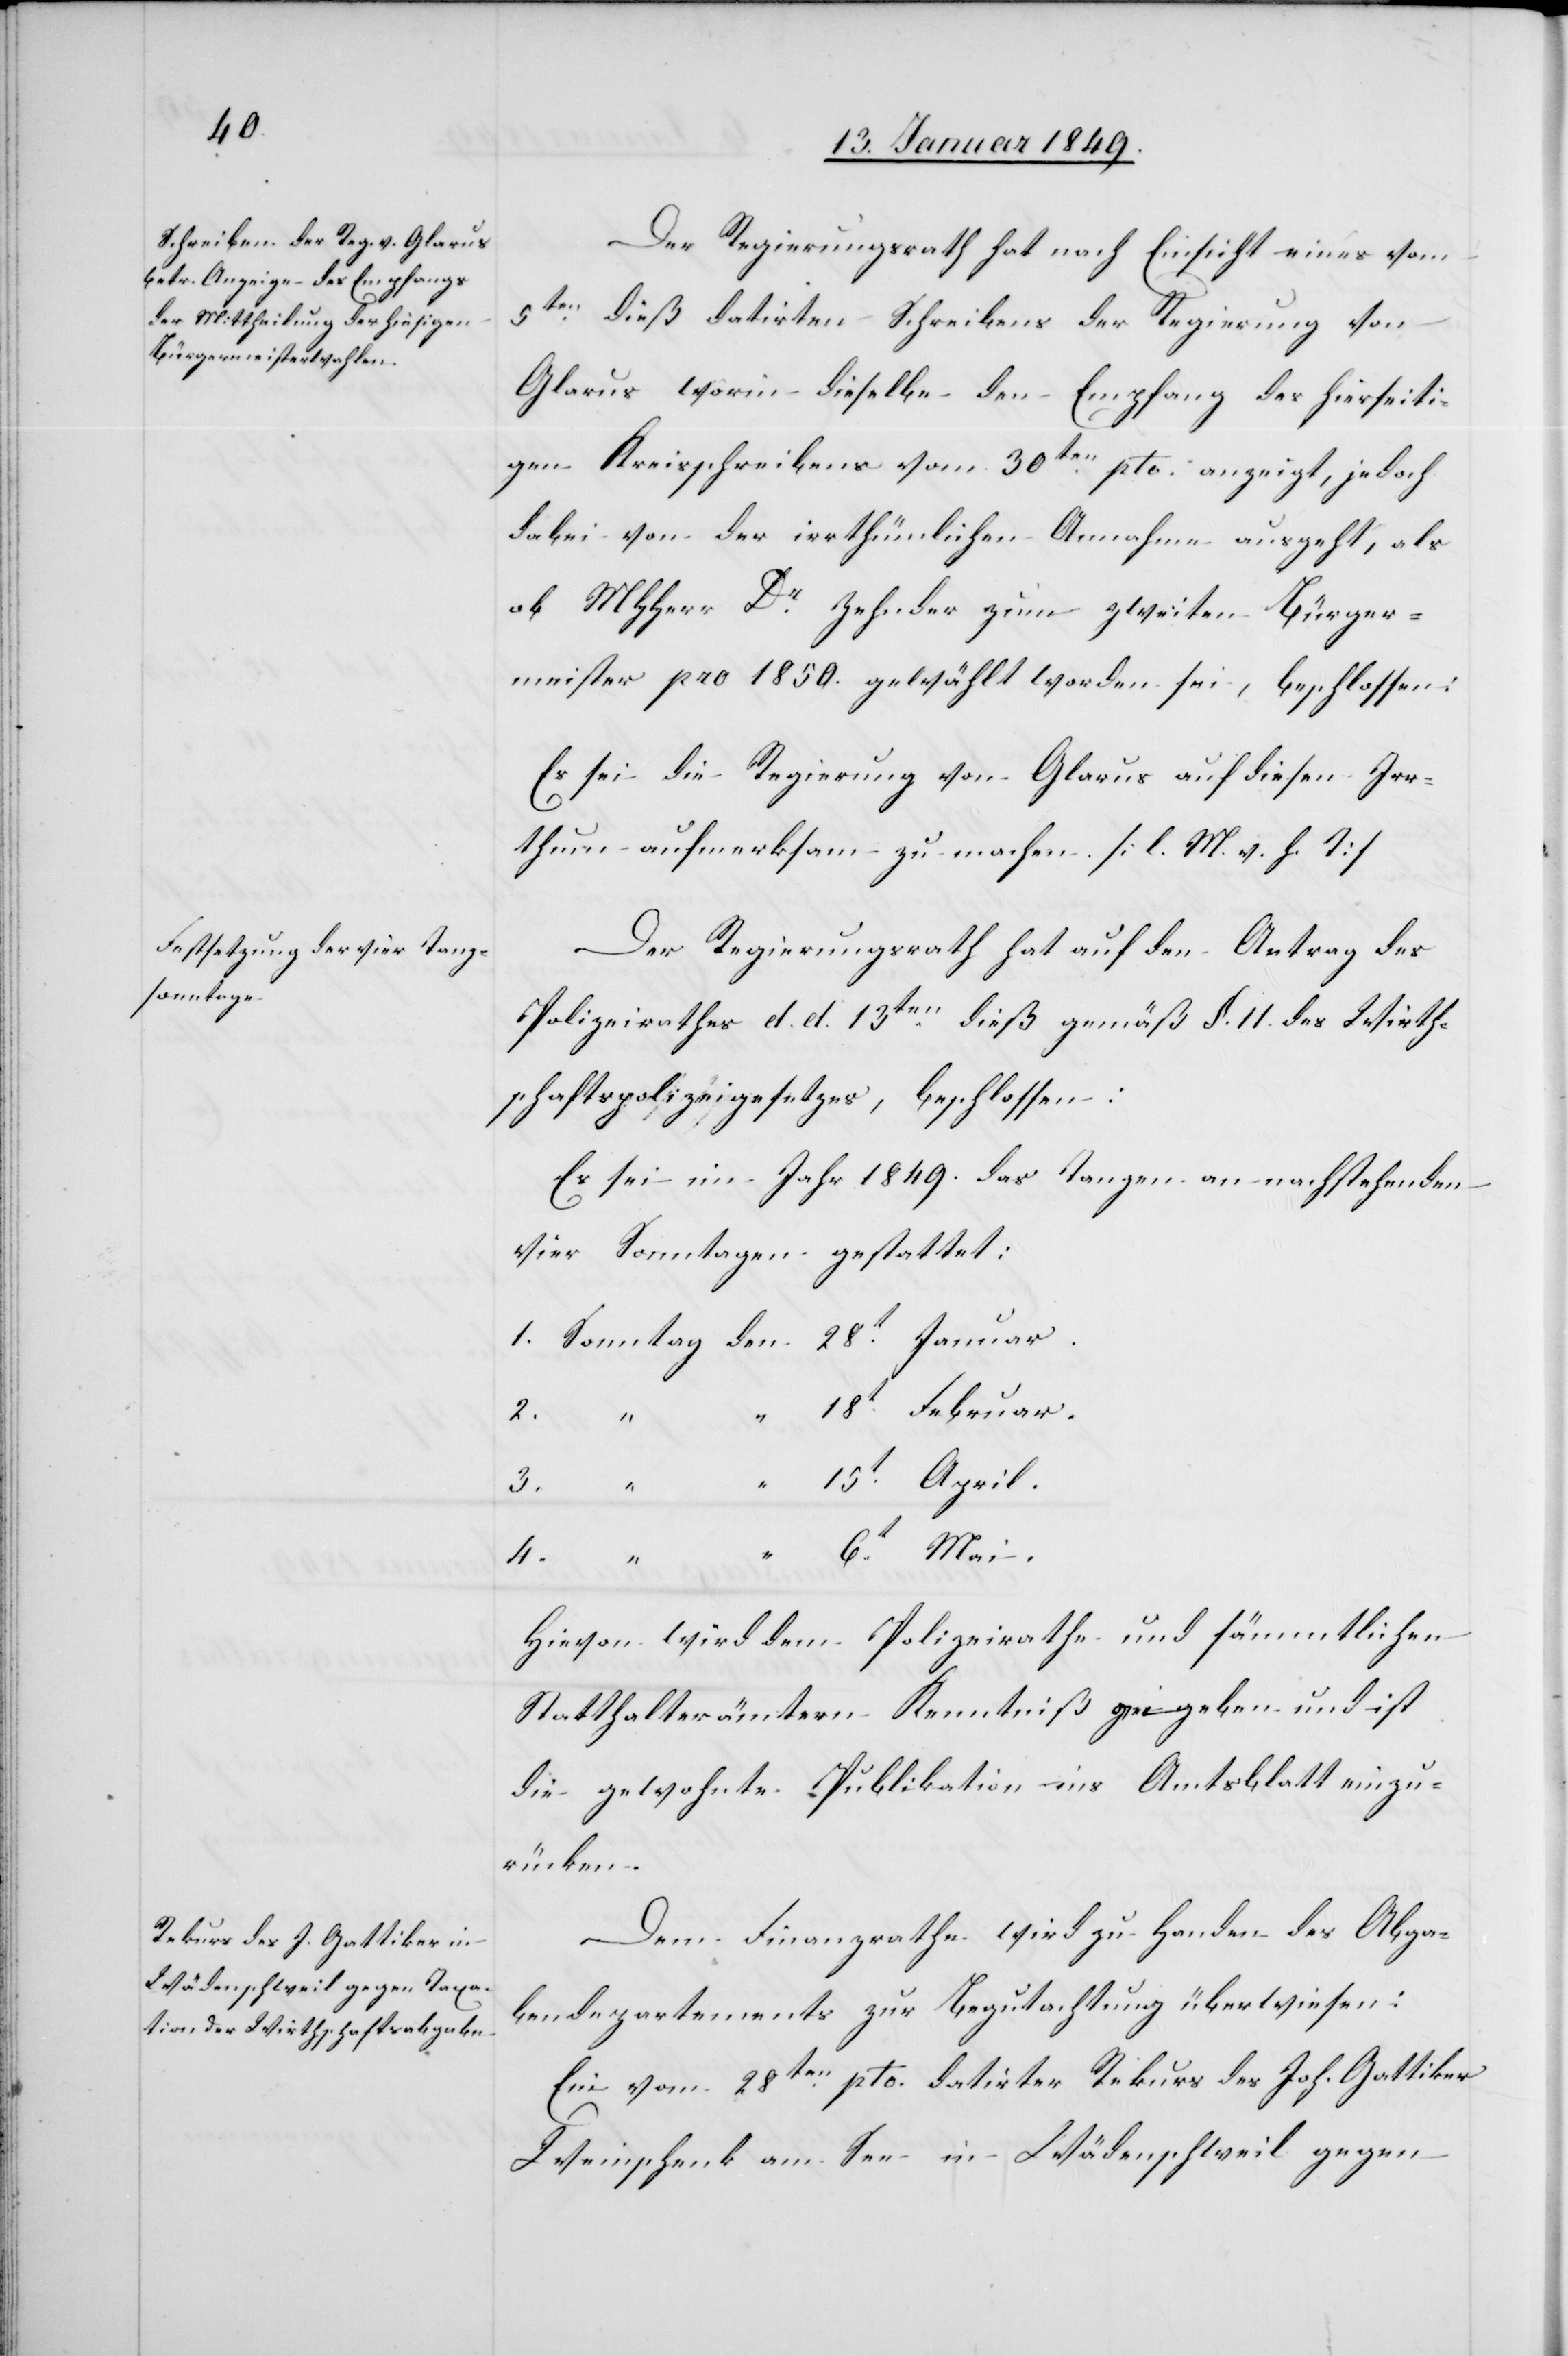
Der Regierungsrath hat nach Einsicht eines vom
9ten. dieß datirten Schreibens der Regierung von
Glarus worin dieselbe den Empfang des hierseiti¬
gen Kreisschreibens vom 30ten. pto. anzeigt, jedoch
dabei von der irrthümlichen Annahme ausgeht, als
ob MHHerr Dr. Zehnder zum zweiten Bürger¬
meister pro 1850. gewählt worden sei, beschlossen:
Es sei die Regierung von Glarus auf diesen Irr¬
thum aufmerksam zu machen. [l. M. v. h. T]
Der Regierungsrath hat auf den Antrag des
Polizeirathes d. d. 13ten. dieß gemäß §. 11. des Wirth¬
schaftspolizeigesetzes, beschlossen:
Es sei im Jahr 1849. das Tanzen an nachstehende¬
n Sonntagen gestattet:
1. Sonntag den 28t. Januar.
“ 18t. Februar.
3.
“ 15t. April.
“ 6t. Mai.
4.
“
Hievon wird dem Polizeirathe und sämmtlichen
Statthalterämtern Kenntniß gegeben und ist
die gewohnte Publikation ins Amtsblatt einzu¬
rücken.
Dem Finanzrathe wird zu Handen des Abga¬
bendepartements zur Begutachtung überwiesen:
Ein vom 28ten. pto. datirter Rekurs des Joh. Gattiker
Weinschenk am See in Wädenschweil gegen